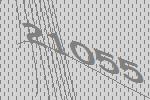
21055